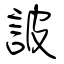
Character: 詖